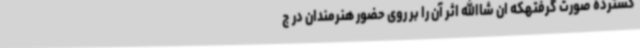
گسترده صورت گرفتهکه ان شاالله اثر آن را بر روی حضور هنرمندان در ج